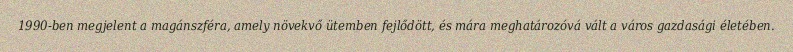
1990-ben megjelent a magánszféra, amely növekvő ütemben fejlődött, és mára meghatározóvá vált a város gazdasági életében.